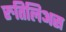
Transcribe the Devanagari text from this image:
रुतिलिअस